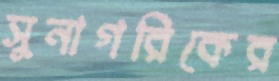
সুনাগরিকের